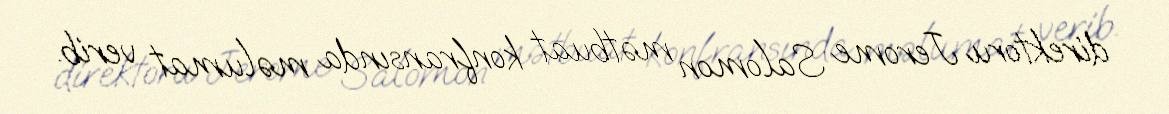
direktoru Jerome Salomon mətbuat konfransında məlumat verib.